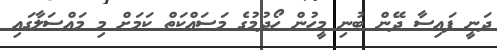
ދަނީ ފައިސާ ދޭން ބުނި މީހުން ހޯދުމުގެ މަސައްކަތް ކަމަށް މި މައްސަލާގައި